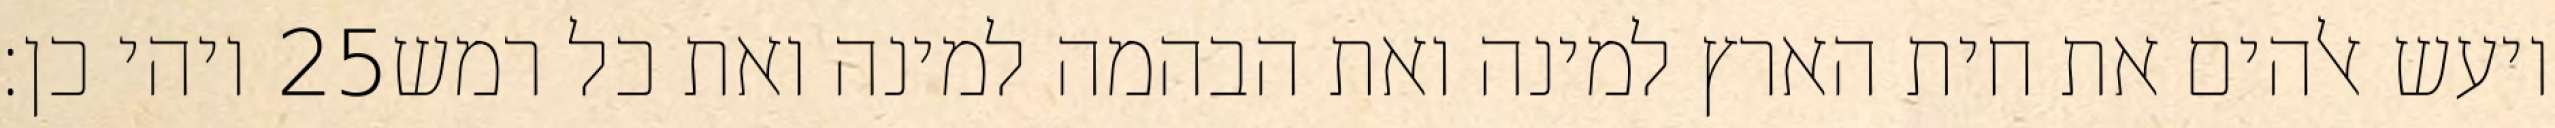
ויהי כן׃ ‎25‏ ויעש אלהים את חית הארץ למינה ואת הבהמה למינה ואת כל רמש